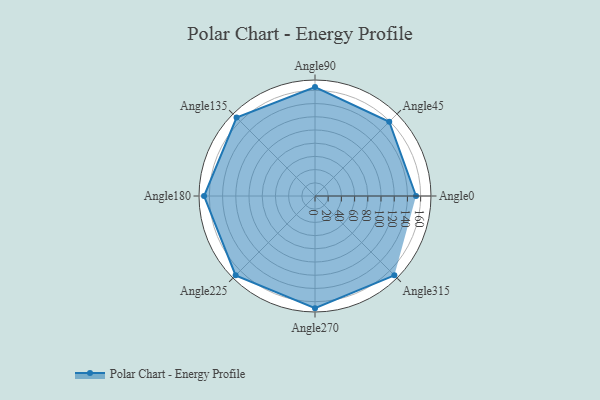
{"axis": {"x": "Angle", "y": "Radius"}, "legend": [""], "data": [{"x": "Angle0", "y": 153.0, "type": ""}, {"x": "Angle45", "y": 159.0, "type": ""}, {"x": "Angle90", "y": 165.0, "type": ""}, {"x": "Angle135", "y": 168.0, "type": ""}, {"x": "Angle180", "y": 168.0, "type": ""}, {"x": "Angle225", "y": 170.0, "type": ""}, {"x": "Angle270", "y": 170, "type": ""}, {"x": "Angle315", "y": 170, "type": ""}]}